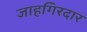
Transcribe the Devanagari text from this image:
जाहगिरदार